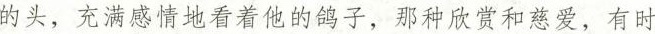
的头，充满感情地看着他的鸽子，那种欣赏和慈爱，有时